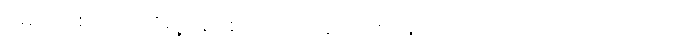
မောင်ချစ်အေးတို့ရဲ့ အုပ်စု ခေါင်းဆောင် စိုးမြင့်ကတော့ ခပ်ပြောင်ပြောင်ပဲ။